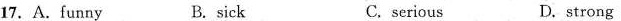
17.A.funny B. sick C. serious D.strong